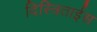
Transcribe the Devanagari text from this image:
दिस्त्रिताईस